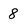
Character: 8